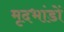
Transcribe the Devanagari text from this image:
मृदभांडों